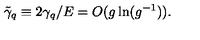
\tilde { \gamma } _ { q } \equiv 2 \gamma _ { q } / E = O ( g \ln ( g ^ { - 1 } ) ) .